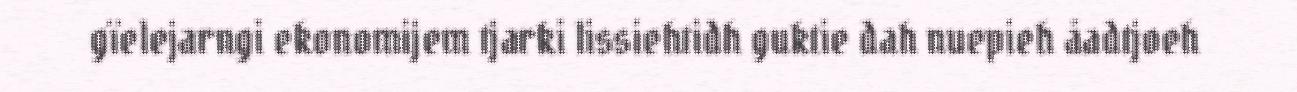
gïelejarngi ekonomijem tjarki lissiehtidh guktie dah nuepieh åadtjoeh